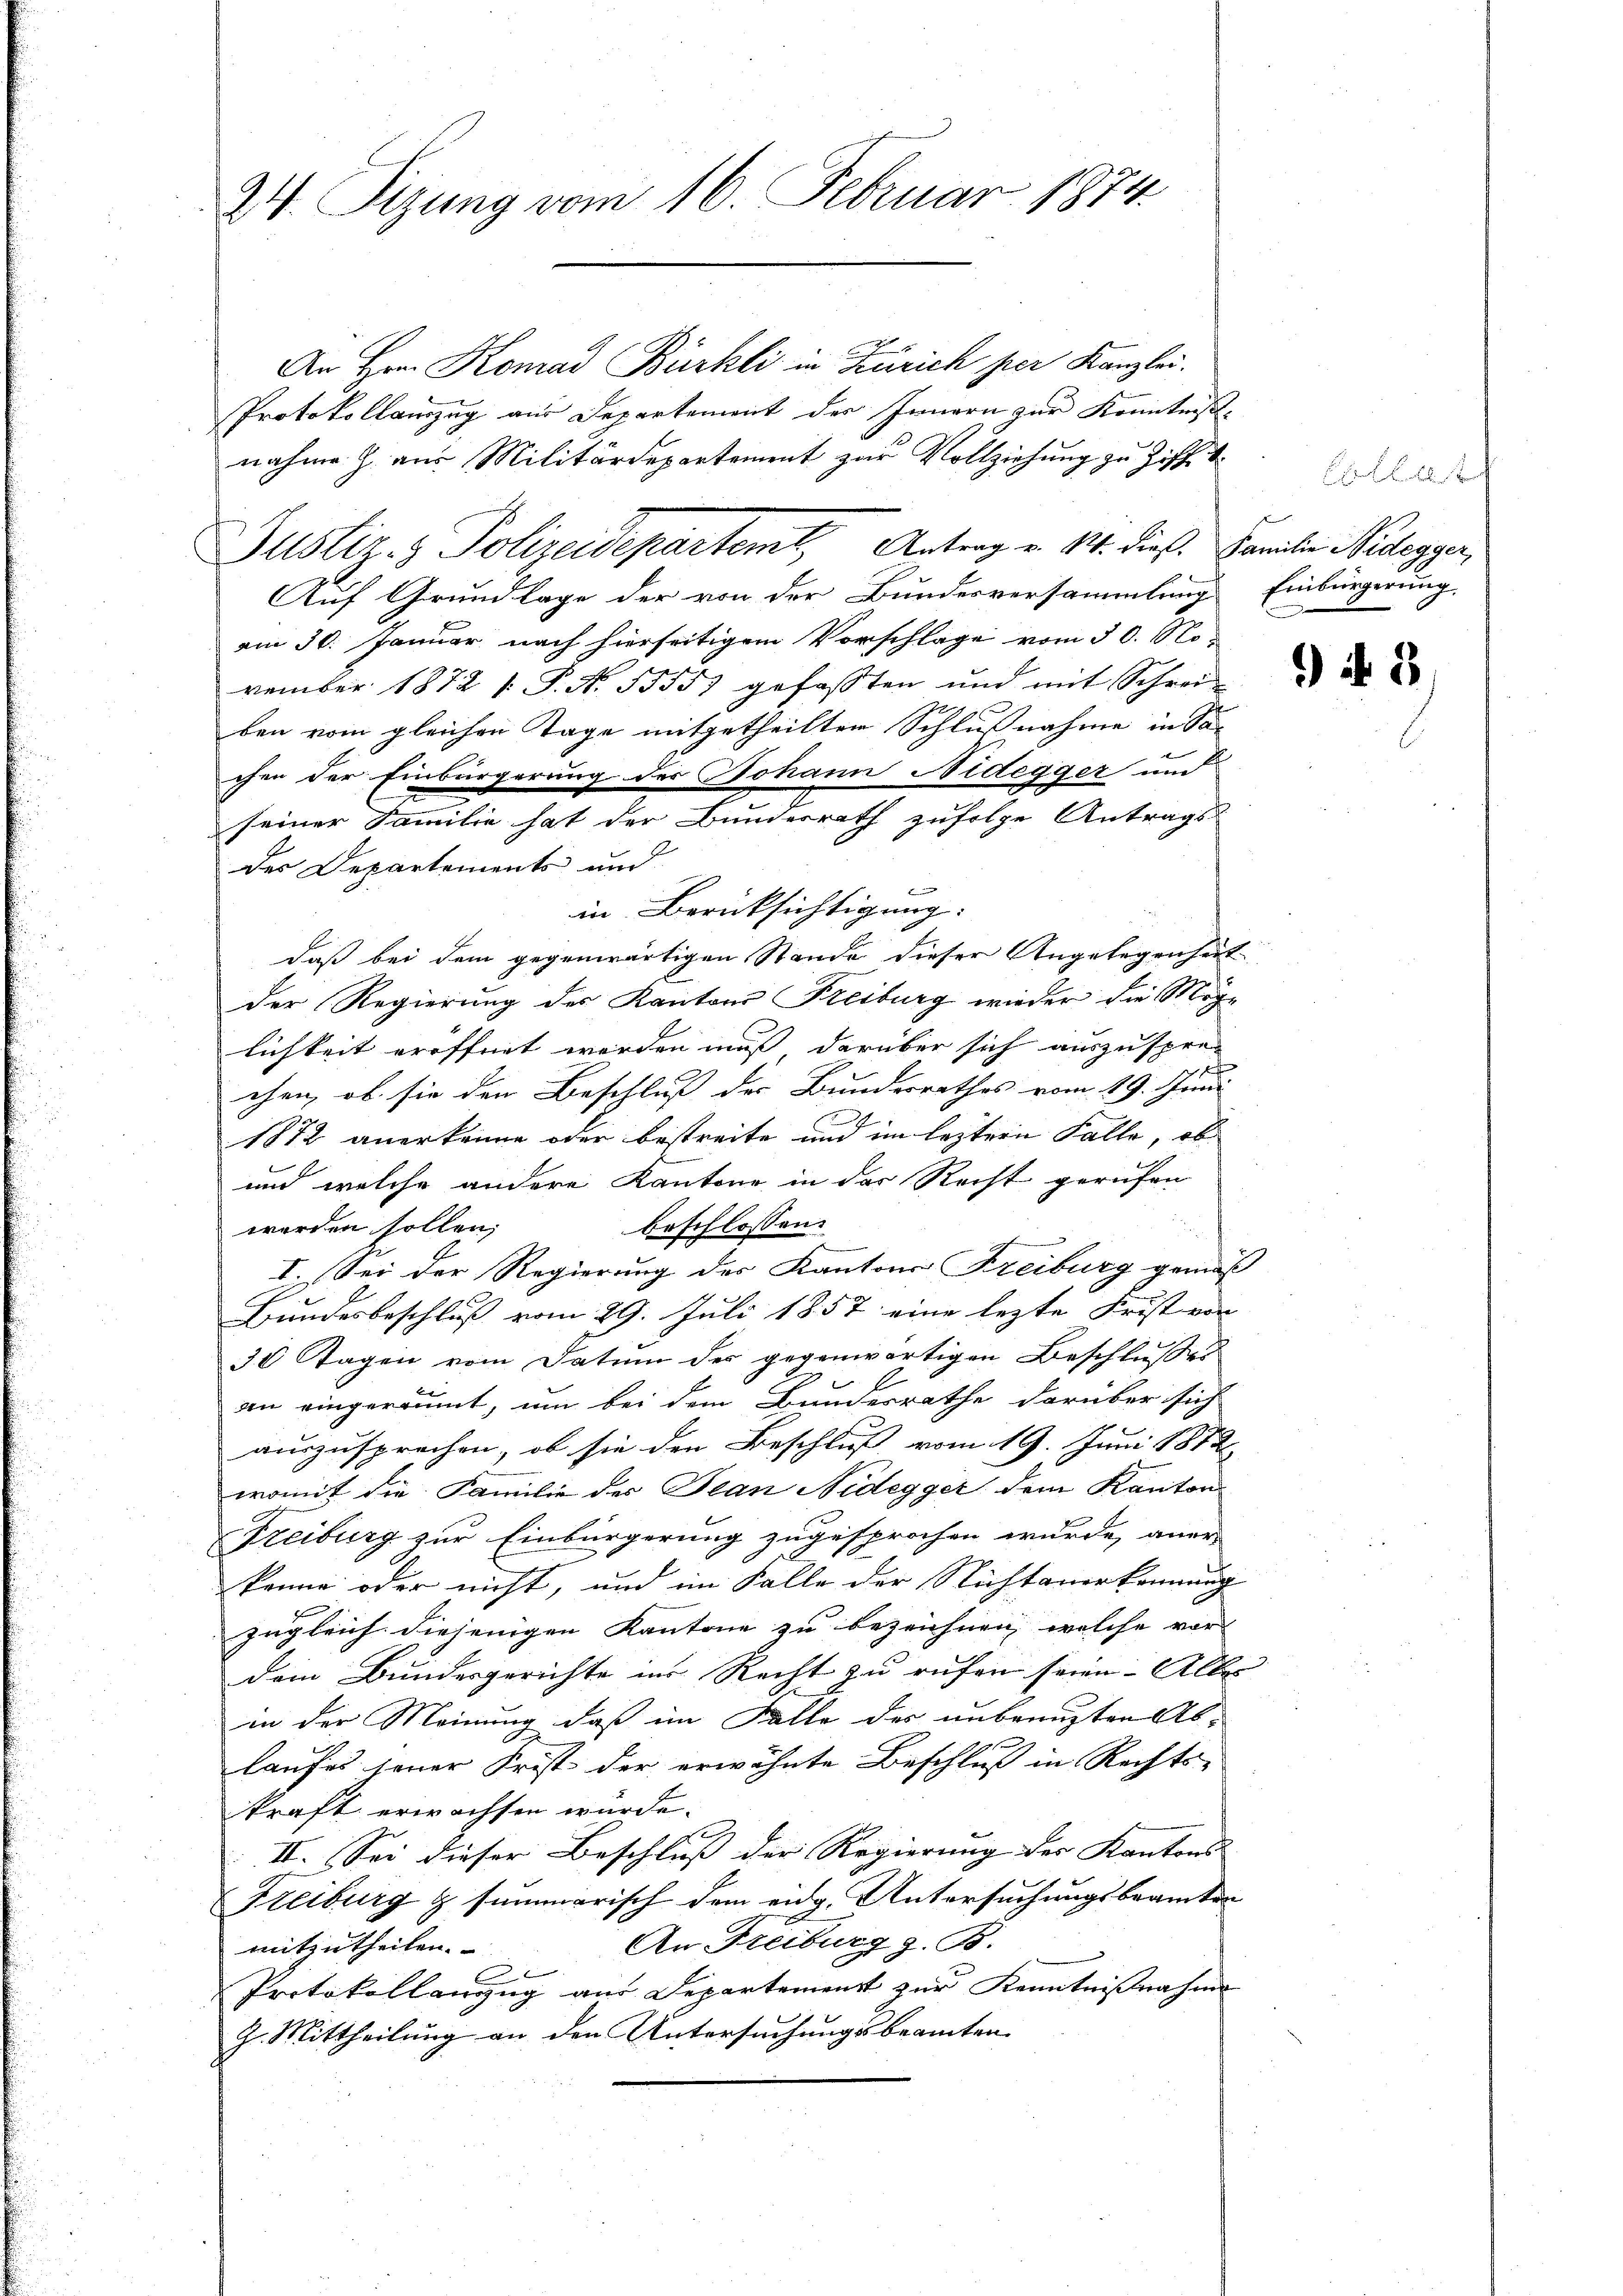
24 Sizung vom 16. Februar 1874.

Protokollauszug aus Separtement des Innern zur Kenntniß
nahme Z. aus Militärdepartement zur Vollziehung zu Ziff.
Auf Grundlage der von der Bundesversammlung Einbürgerung
am 30. Januar nach hierseitigem Vorschlage vom 30. November 1872 f. P. Nr. 55557 gefassten und mit Schrei-
ben vom gleichen Tage mitgetheilten Schlußnahme in Sac
chen der Einbürgerung des Johann Nidegger und
des Departements und
b
in Berücksichtigung. |
daß bei dem gegenwärtigen Stande dieser Angelegenheit
der Regierung der Kantons Freiburg wieder die Möglichkeit eröffnet werden muß darüber sich auszuspre-
chen, ob sie den Beschluß der Bundesrathes vom 19. Juni
t
1872 anerkenne oder bestreite und im leztern Falle, ob
und welche andere Kantone in der Recht gerufen
beschlossen:
werden sollen;
I. Sei der Regierung des Kantons Freiburg gemäß
Bundesbeschluß vom 29. Juli 1857 eine lezte Frist von
30 Tagen vom Datum der gegenwärtigen Beschlußes
an eingeräumt, um bei dem Bundesrathe darüber sich
auszusprechen, ob sie den Beschluß vom 19. Juni 1872
womit die Familie der Plan Nidegger dem Kanton
Freiburg zur Einbürgerung zugesprochen wurde, aner-
könne oder nicht, und im Falle der Nichtanerkennung
zugleich diejenigen Kantone zu bezeichnen, welche vor
dem Bundesgerichte in Recht zu rufen seien. Alles |
in der Meinung, daß im Falle des unbeengten Ablaufes jener Frist der erwähnte Beschluß in Rechts-
kraft erwachsen würde.
II. Sei dieser Beschluß der Regierung der Kantons |
Freiburg & summarisch dem eidg. Untersuchungsbeamten
An Freiburg z. B.
mitzutheilen.
x
Protokollanzug aus Departement zur Kenntnißnahme
G. Mittheilung an den Untersuchungsbeamten

seiner Familie hat der Bundesrath zufolge Antrags-

An Hrn. Komad Bürkli in Zürich per Kanzlei.

Justiz- & Polizeidepartemt, Antrag v. 14. dieß. Familien Nidegger,

Collat

N 3